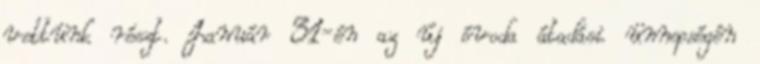
vettünk részt. Január 31-én az új óvoda átadási ünnepségén